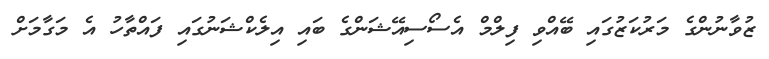
ޒުވާނުންގެ މަރުކަޒުގައި ބޭއްވި ފިލްމް އެސޯސިއޭޝަންގެ ބައި އިލެކްޝަނުގައި ފައްތާހު އެ މަގާމަށް